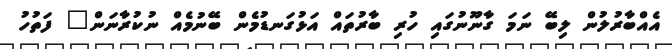
އެއްބާރުލުން ލިބޭ ނަމަ ގާނޫނުގައި ހުރި ބާރުތައް އަޅުގަނޑުމެން ބޭނުމެއް ނުކުރާނަން" ފަތުހު